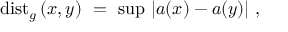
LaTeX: \mathrm { d i s t } _ { g } \left( x , y \right) \ = \ \mathrm { s u p } \ | a ( x ) - a ( y ) | \ ,